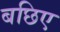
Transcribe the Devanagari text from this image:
बछिए